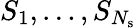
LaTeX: S_{1},\ldots,S_{N_{\mathrm{s}}}